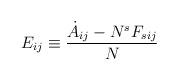
LaTeX: \begin{align*}E_{ij} \equiv \frac{\dot{A}_{ij} - N^s F_{sij}}{N} \end{align*}